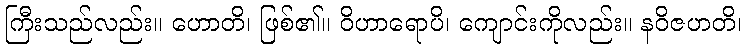
ကြီးသည်လည်း။ ဟောတိ၊ ဖြစ်၏။ ဝိဟာရောပိ၊ ကျောင်းကိုလည်း။ နဝိဇဟတိ၊